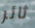
ثائر